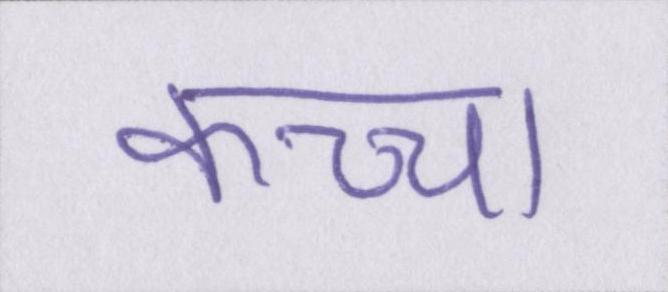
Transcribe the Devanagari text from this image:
कच्चा